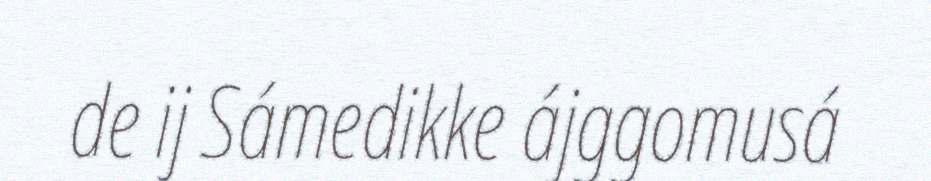
de ij Sámedikke ájggomusá